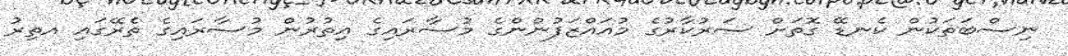
ނިސްބަތަކުން ކެނޑޭ ގޮތަށް ސަރުކާރުގެ މުއައްޒަފުންންގެ މުސާރައިގެ އިތުރުން މުސާރައިގެ ތެރޭގައި އތިރު